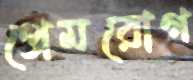
প্রেমরোগ